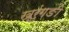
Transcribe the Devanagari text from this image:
ख्रुंगङी